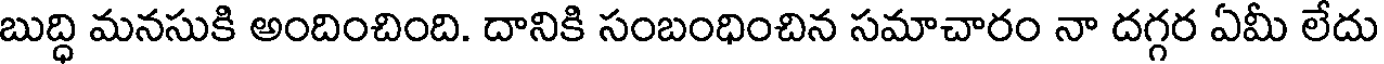
బుద్ధి మనసుకి అందించింది. దానికి సంబంధించిన సమాచారం నా దగ్గర ఏమీ లేదు